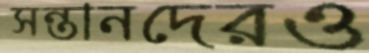
সন্তানদেরও